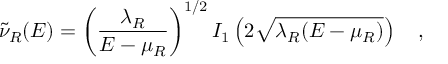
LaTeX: \tilde { \nu } _ { R } ( E ) = \left( { \frac { \lambda _ { R } } { E - \mu _ { R } } } \right) ^ { 1 / 2 } I _ { 1 } \left( 2 \sqrt { \lambda _ { R } ( E - \mu _ { R } ) } \right) ~ ~ ~ ,